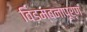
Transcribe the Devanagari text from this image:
विडम्बनापूर्ण